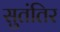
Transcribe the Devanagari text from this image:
सुतंतिर